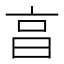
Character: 亯